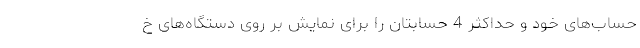
حساب‌های خود و حداکثر 4 حسابتان را برای نمایش بر روی دستگاه‌های خ